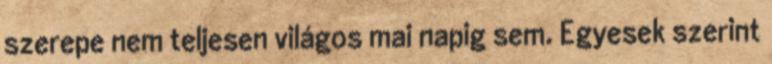
szerepe nem teljesen világos mai napig sem. Egyesek szerint